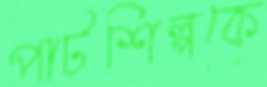
পাটশিল্পকে